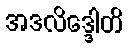
အဒလိဒ္ဒေါတိ